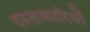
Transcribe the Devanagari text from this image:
दस्तकारियों